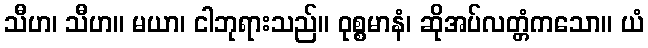
သီဟ၊ သီဟ။ မယာ၊ ငါဘုရားသည်။ ဝုစ္စမာနံ၊ ဆိုအပ်လတ္တံကသော။ ယံ